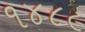
૧૪૮૯